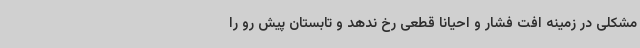
مشکلی در زمینه افت فشار و احیانا قطعی رخ ندهد و تابستان پیش رو را